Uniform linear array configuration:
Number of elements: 12
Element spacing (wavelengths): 0.75
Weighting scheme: blackman
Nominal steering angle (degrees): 30
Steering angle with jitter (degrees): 31.22
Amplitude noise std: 0.05
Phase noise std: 0.05

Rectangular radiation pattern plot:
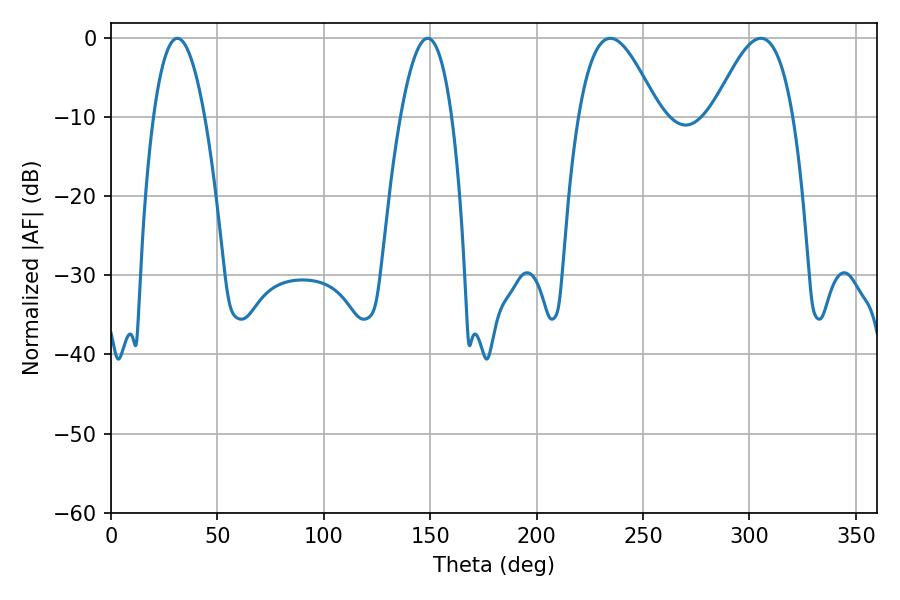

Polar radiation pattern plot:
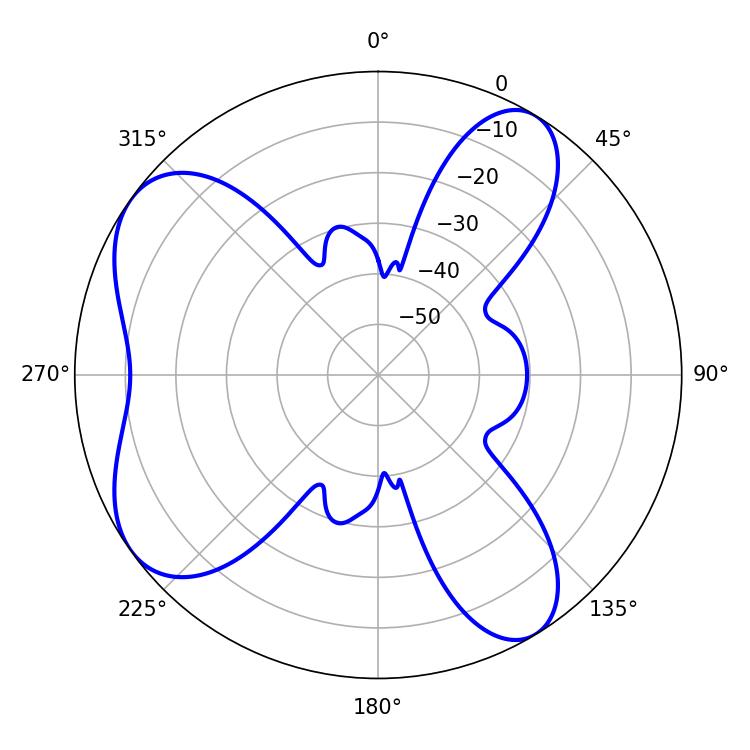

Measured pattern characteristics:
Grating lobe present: TRUE
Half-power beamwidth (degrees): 13.32
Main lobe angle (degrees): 31.14